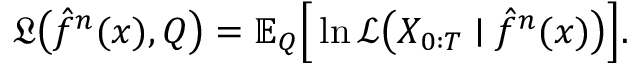
\mathfrak { L } \big ( \hat { f } ^ { n } ( x ) , Q \big ) = \mathbb { E } _ { Q } \Big [ \ln \mathscr { L } \big ( X _ { 0 : T } \mid \hat { f } ^ { n } ( x ) \big ) \Big ] .